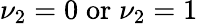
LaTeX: \nu_{2}=0\; \mathrm{or}\; \nu_{2}=1